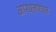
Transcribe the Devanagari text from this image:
आरएनएएस